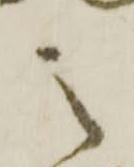
之